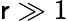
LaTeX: \mathsf{r}\gg1